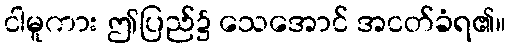
ငါမူကား ဤပြည်၌ သေအောင် အငတ်ခံရ၏။